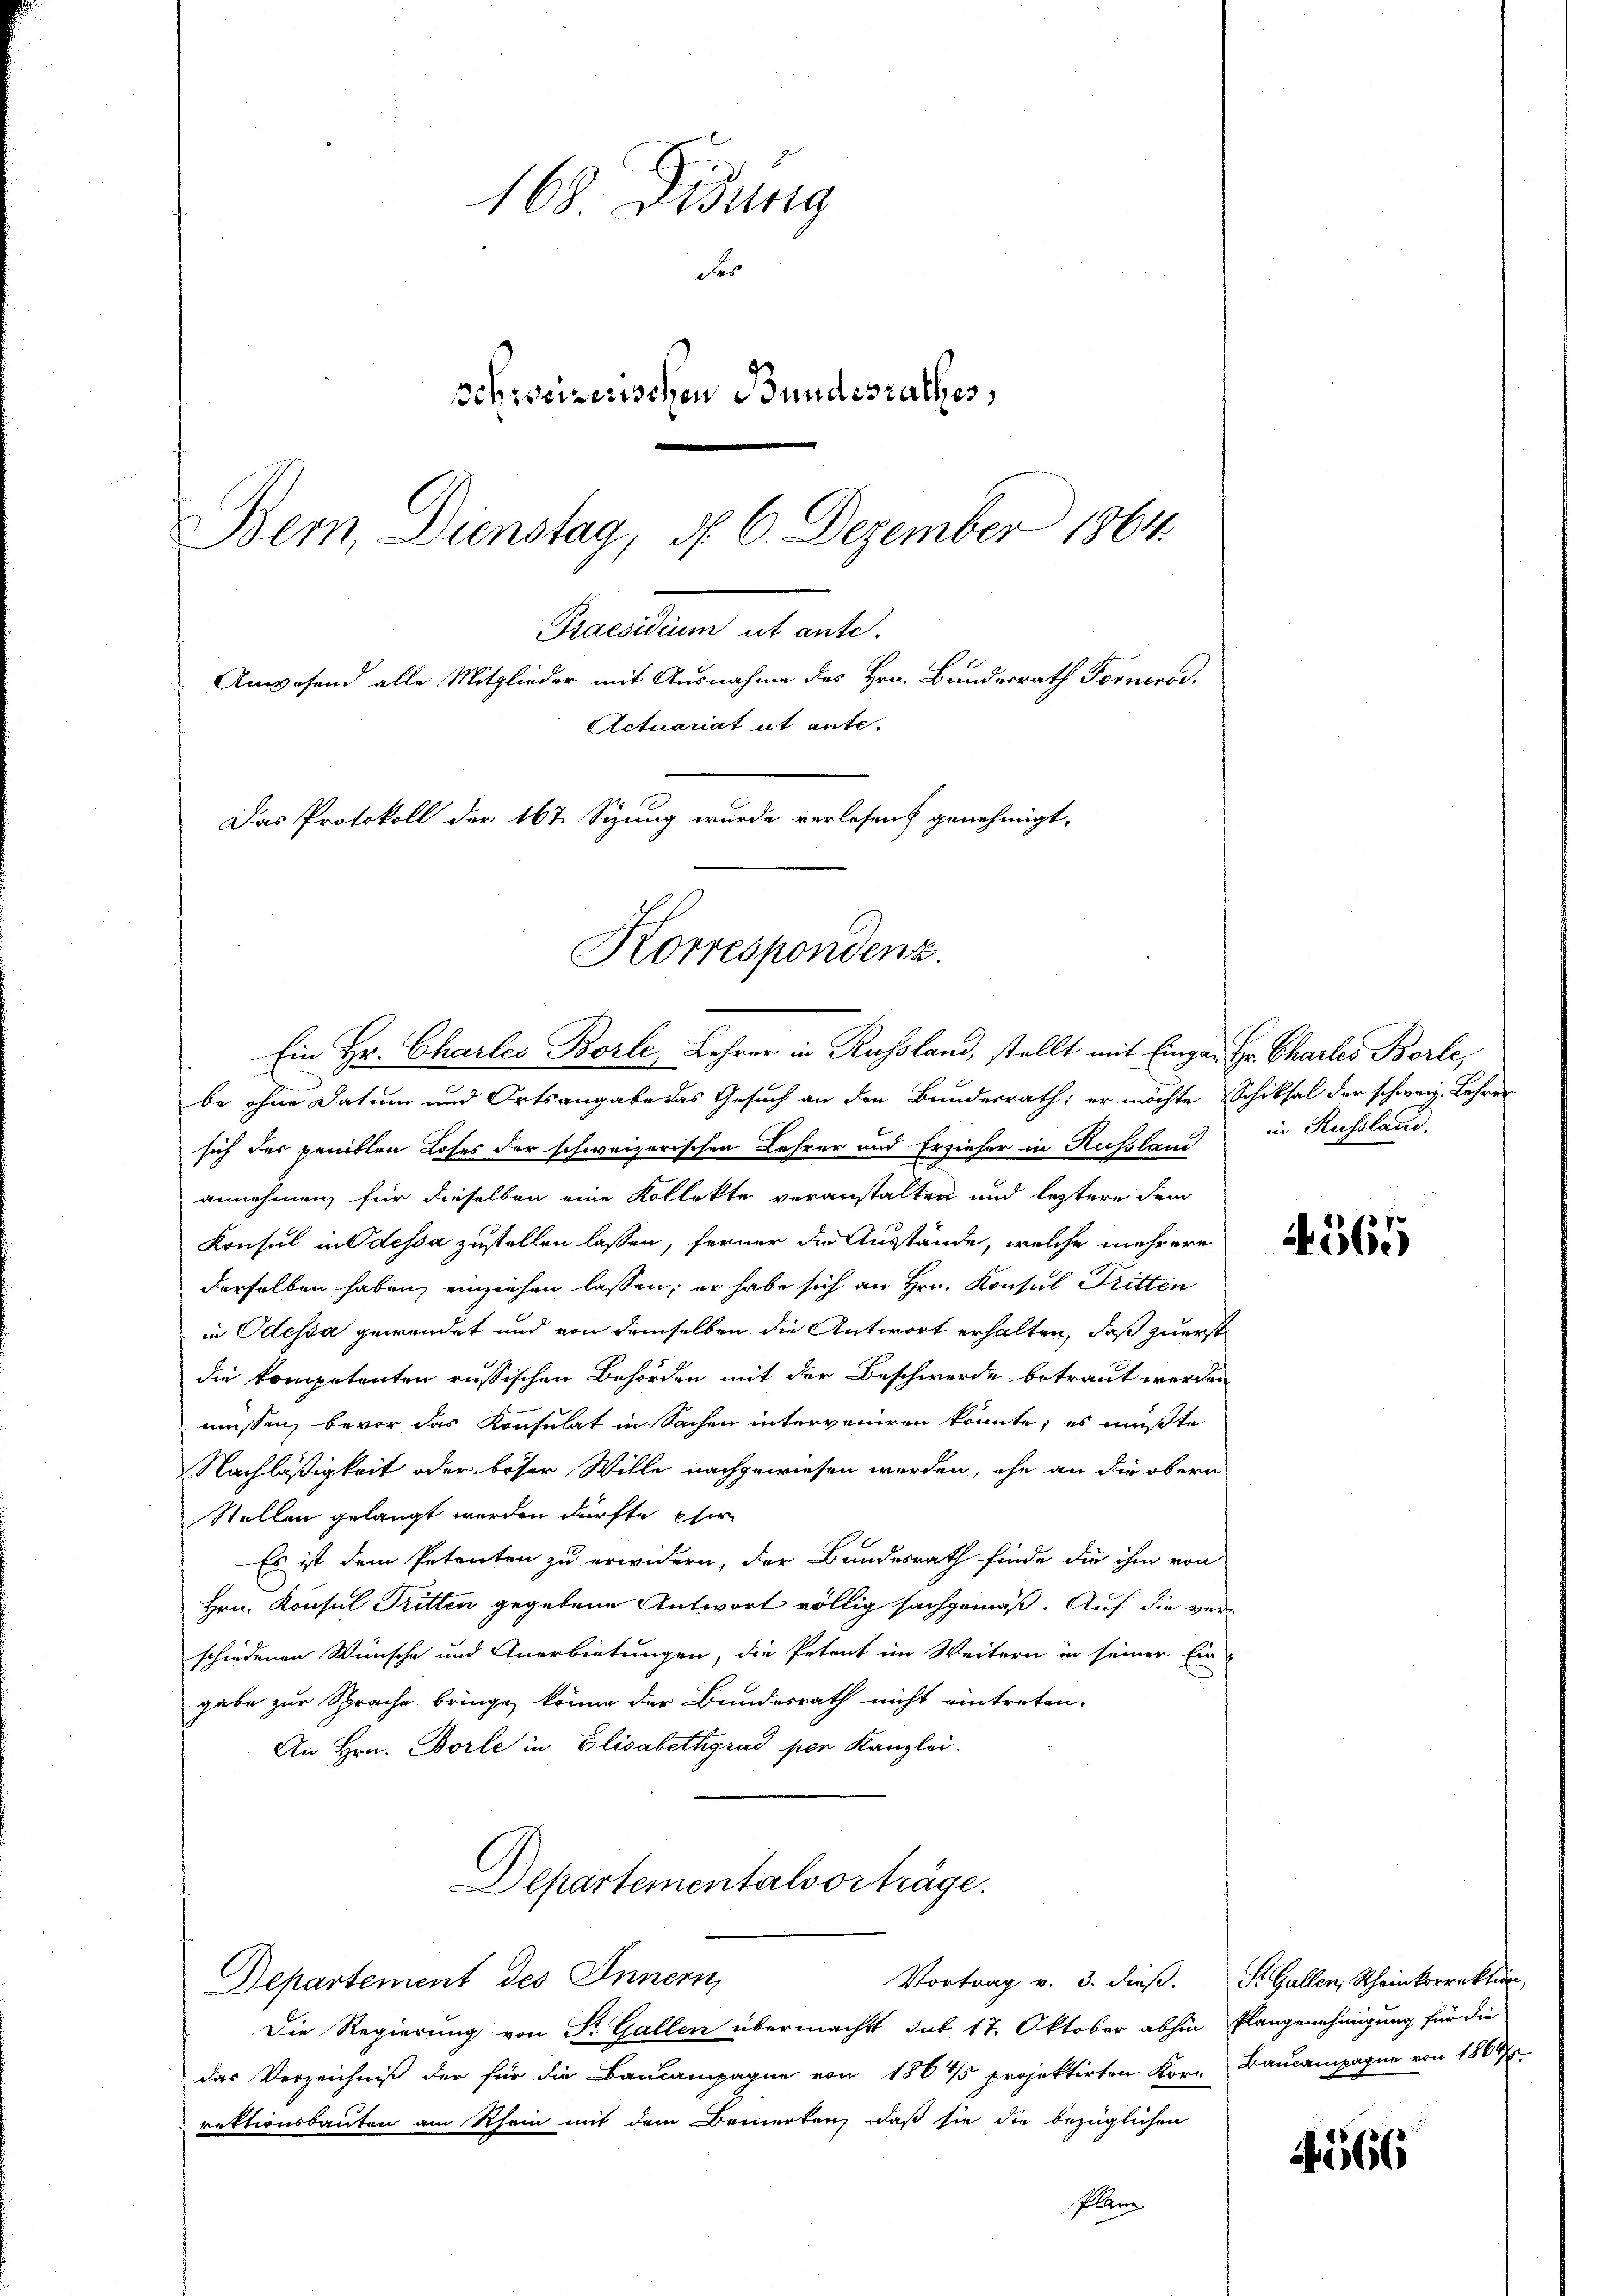
168. Didung
des
schweizerischen Bundesrathes,
Bem, Dienstag, d. 6. Dezember 1864
Percelen alt ante.
Anwesend alle Mitglieder mit Ausnahme des Hrn. Bundesrath Fornerod.
Actuariat it ente.
Das Protokoll der 167 Sizung wurde verlesen genehmigt.

Korrespondenz.
Ein Hr. Charles Borle, Lehrer in Russland, stellt mit Einger Hr. Chailes Borle,

be ohne Datum und Ortsangabe das Gesuch an den Bundesrath, er möchte Schiksal der schweiz. Lehrer
sich der peniblen Loses der schweizerischen Lehrer und Erzieher in Russland
annehmen, für dieselben eine Kollekte veranstalten und leztere dem
Konsul in dessa zustellen lassen, ferner die Ausstände, welche mehrere
derselben haben, einziehen lassen; er habe sich an Hrn. Konsul Dritten
in Odessa gewendet und von demselben die Antwort erhalten, daß zuerst
die kompetenten russischen Behörden mit der Beschwerde betraut werden
müssen, bevor das Konsulat in Sachen interveniren könnte; es mußte
Nachläßigkeit oder böser Wille nachgewiesen werden, ehe an die obern
Stellen gelangt werden dürfte, etw
Es ist dem Petenten zu erwidern, der Bundesrath finde die ihm von
Hrn. Konsul Tritten gegebene Antwort völlig sachgemäß. Auf die verschiedenen Wünsche und Anerbietungen, die Petent im Weitern in seiner Ein-
gabe zur Sprache bringe, könne der Bundesrath nicht eintreten.
An Hrn. Borle in Elisabethgrad per Kanzlei.
Departementalvorträge.
Vortrag v. 3. dieβ. S. Gallen, Rheinkorrektur,
Departement des Innern,
Die Regierung von Dr. Gallen übermacht sub 17. Oktober abhin Plangenehmigung für die
das Verzeichniß der für die Baucampagne von 1864/5 projektirten Korr Baucampagne von 1864
rektionsbauten am Rhein mit dem Bemerken, daß sie die bezüglichen
Plane

in Russland.

2365

4566